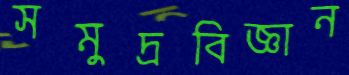
সমুদ্রবিজ্ঞান